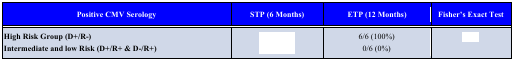
<table><thead><tr><td><b>Positive CMV Serology</b></td><td><b>STP (6 Months)</b></td><td><b>ETP (12 Months)</b></td><td><b>Fisher’s Exact Test</b></td></tr></thead><tbody><tr><td>High Risk Group (D+/R-)Intermediate and low Risk (D+/R+ &amp; D-/R+)</td><td>[EMPTY_CELL]</td><td>6/6 (100%)0/6 (0%)</td><td>[EMPTY_CELL]</td></tr></tbody></table>